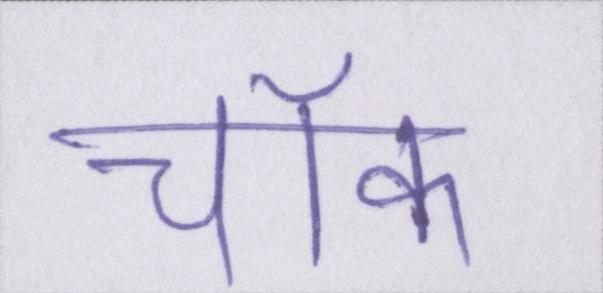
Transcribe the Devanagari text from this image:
चॉक